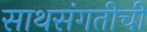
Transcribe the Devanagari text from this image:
साथसंगतीची